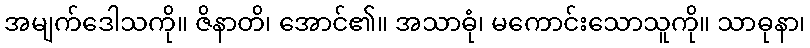
အမျက်ဒေါသကို။ ဇိနာတိ၊ အောင်၏။ အသာဓုံ၊ မကောင်းသောသူကို။ သာဓုနာ၊